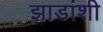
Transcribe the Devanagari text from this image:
झाडांशी